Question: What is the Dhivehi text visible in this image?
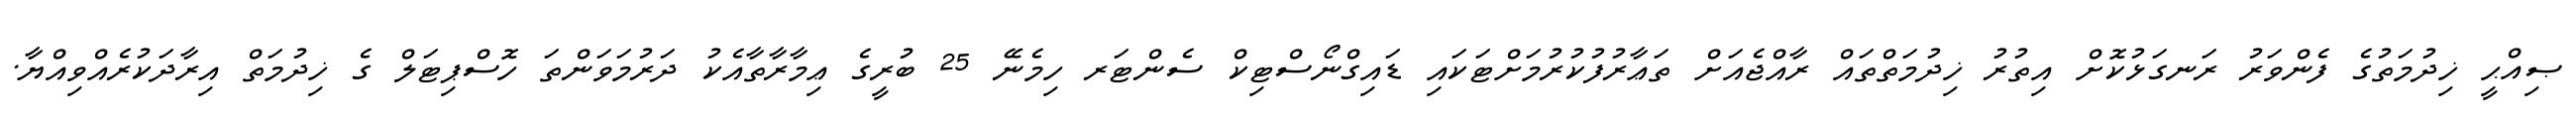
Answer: ޞިއްޙީ ޚިދުމަތުގެ ފެންވަރު ރަނގަޅުކޮށް އިތުރު ޚިދުމަތްތައް ރާއްޖެއަށް ތަޢާރުފުކުރުމަށްޓަކައި ޑައިގްނޯސްޓިކް ސެންޓަރ ހިމެނޭ 25 ބުރީގެ ޢިމާރާތާއެކު ދަރުމަވަންތަ ހޮސްޕިޓަލް ގެ ޚިދުމަތް އިރާދަކުރެއްވިއްޔާ.